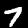
Label: 7